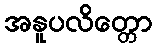
အနူပလိတ္တော